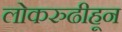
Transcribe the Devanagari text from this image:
लोकरुढीहून